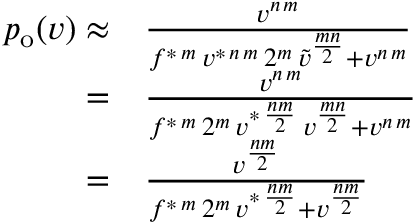
\begin{array} { r l } { p _ { \mathrm { o } } ( v ) \approx } & { { } \frac { v ^ { n \, m } } { f ^ { \ast \, m } \, v ^ { \ast \, n \, m } \, 2 ^ { m } \, \tilde { v } ^ { \frac { m n } { 2 } } + v ^ { n \, m } } } \\ { = } & { { } \frac { v ^ { n \, m } } { f ^ { \ast \, m } \, 2 ^ { m } \, v ^ { \ast \, \frac { n m } { 2 } } \, v ^ { \frac { m n } { 2 } } + v ^ { n \, m } } } \\ { = } & { { } \frac { v ^ { \frac { n m } { 2 } } } { f ^ { \ast \, m } \, 2 ^ { m } \, v ^ { \ast \, \frac { n m } { 2 } } + v ^ { \frac { n m } { 2 } } } } \end{array}